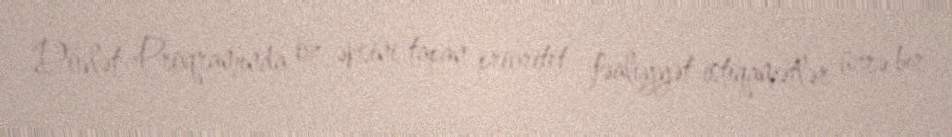
Dövlət Proqramında öz əksini tapan prioritet fəaliyyət istiqamətlər üzrə bır